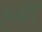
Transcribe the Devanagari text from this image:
ऐनबीए